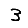
Digit: 3